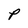
Character: P